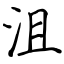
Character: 沮